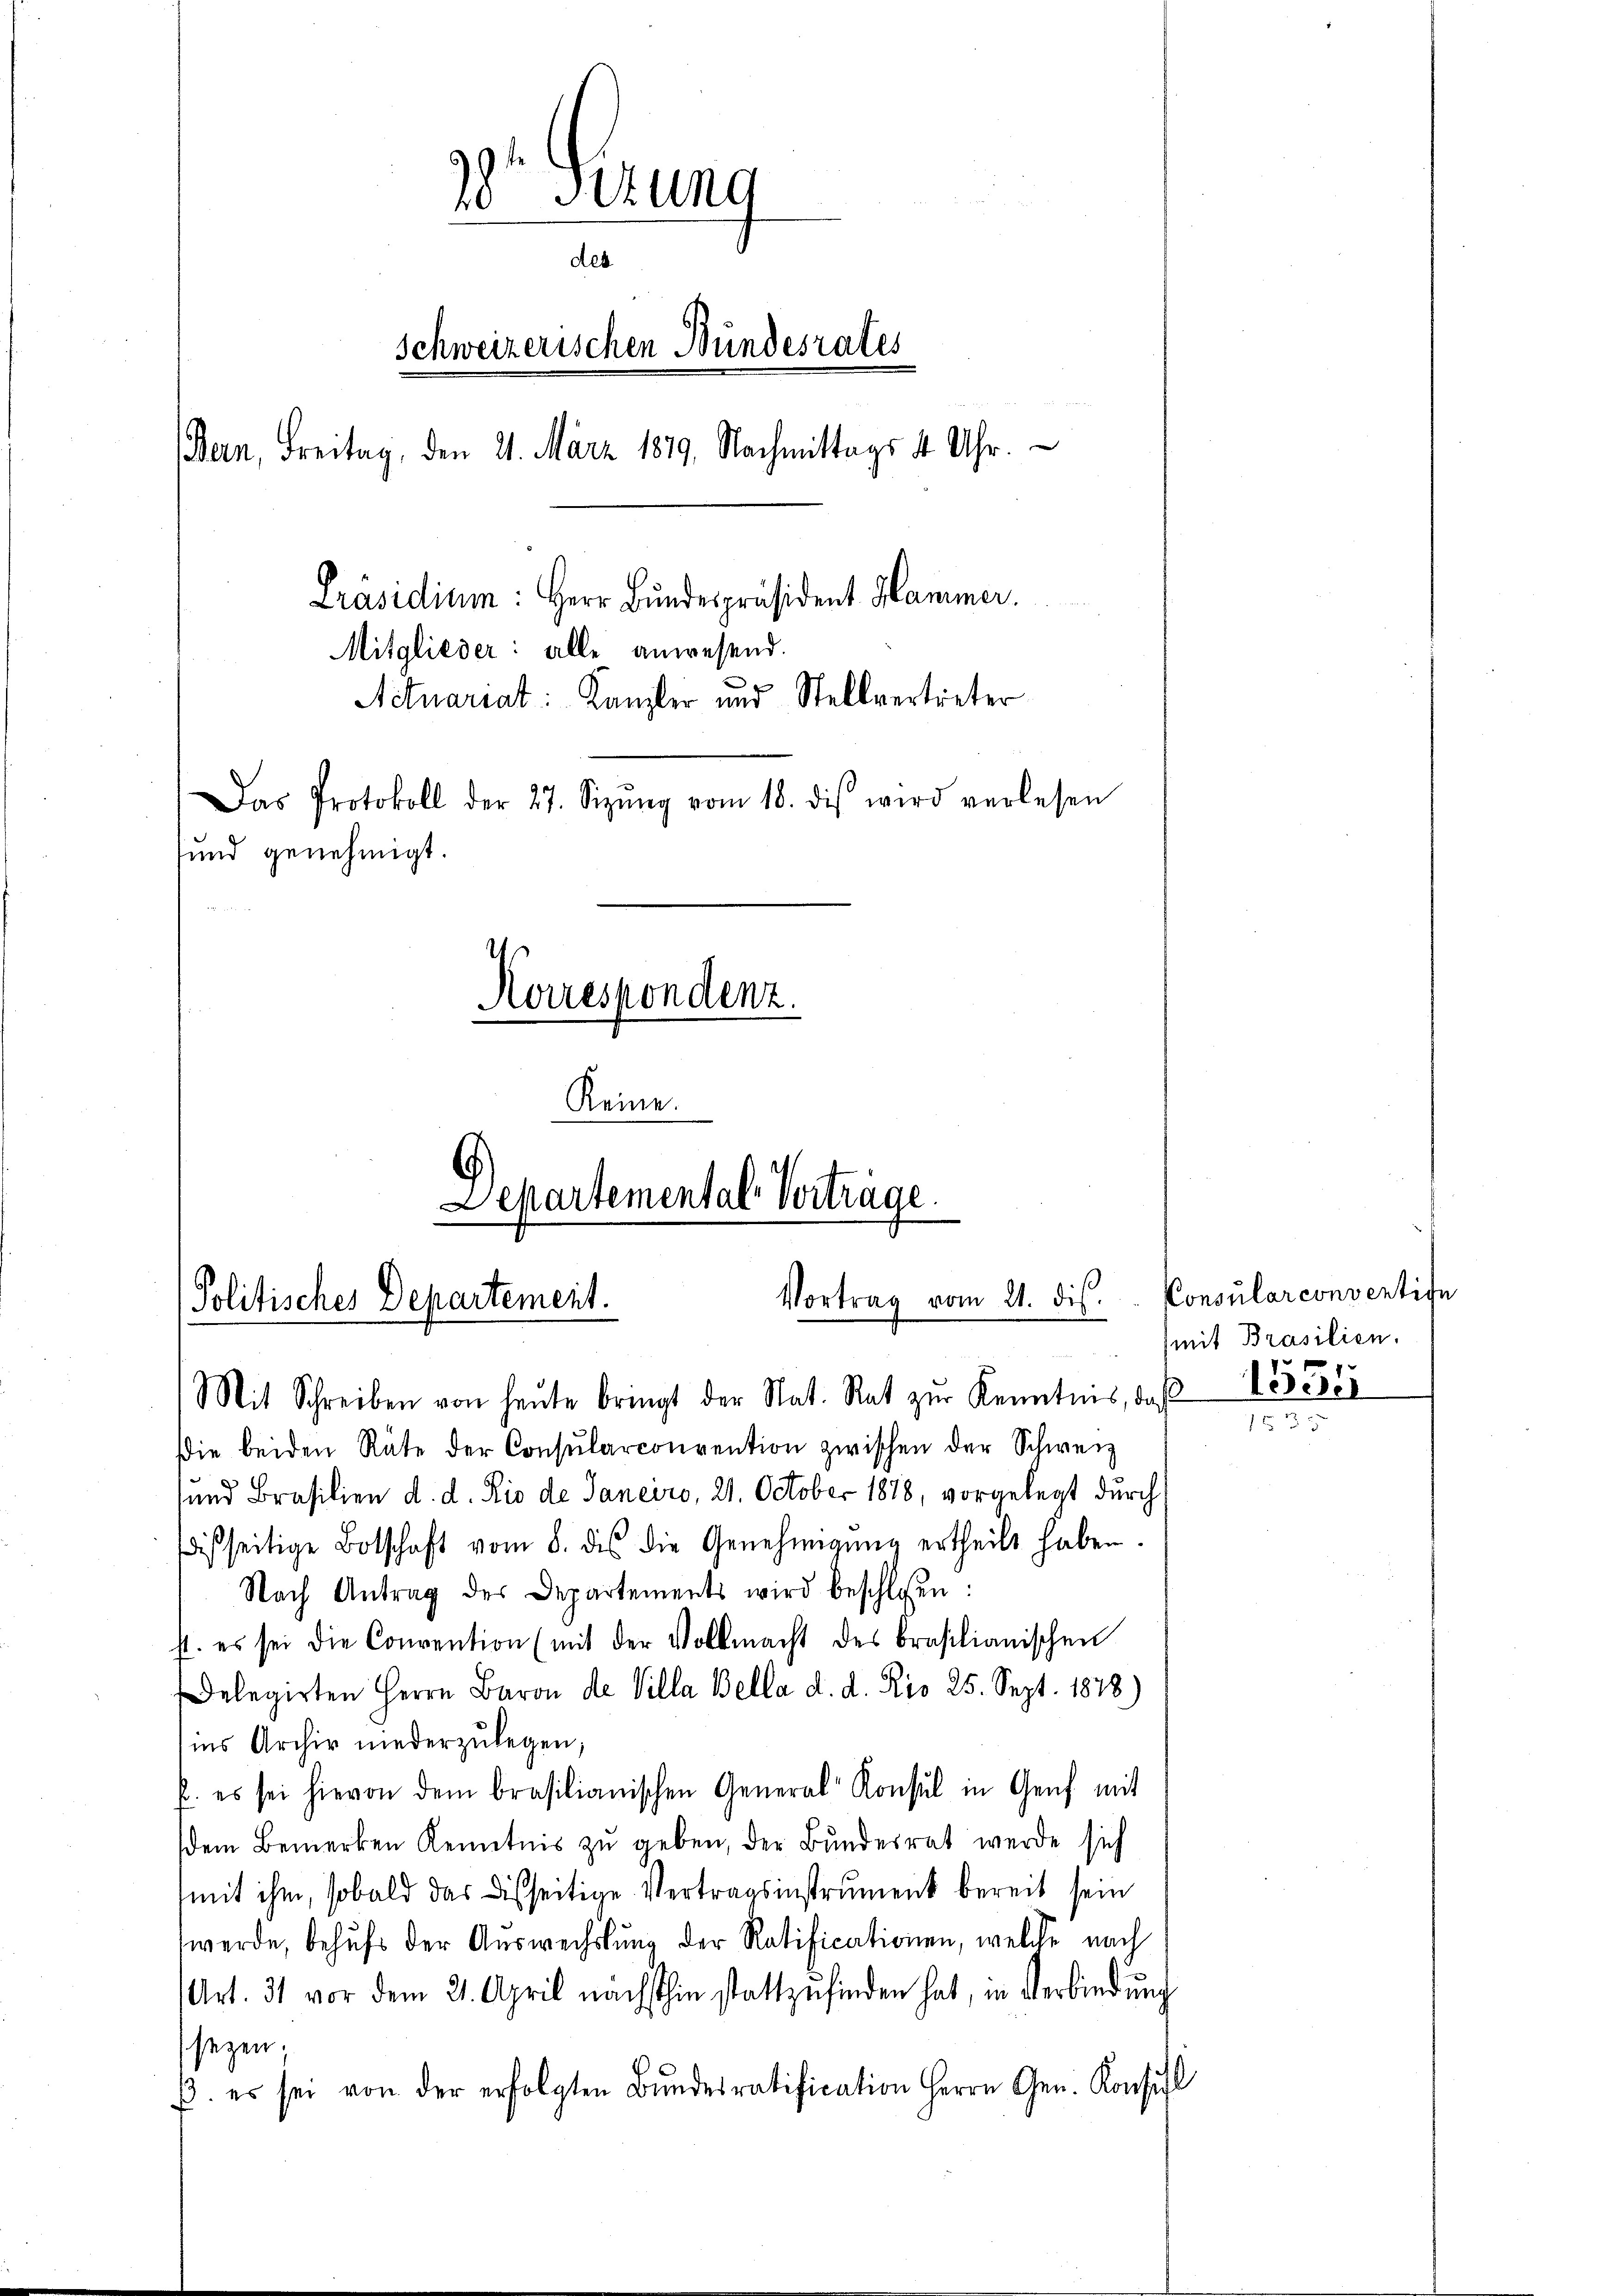
18' sizung
des
Schweizerischen Bundesrates
(Bern, Freitag, den 21. März 1879, Nachmittags 4 Uhr.
Präsidium: Herr Bundespräsident Hammer.
Mitglieder: alle anwesend.
Actuariat: Kanzler und Stellvertreter
Das Protokoll der 27. Sizŭng vom 18. diβ wird verlesen
sund genehmigt.
Korrespondenz.
Keine.

Departemental Vorträge.
Vortrag vom 21. dis.
Politisches Departement.
Mit Schreiben von heŭte bringt der Stat. Rat zŭr Kenntnis, da 13531

die beiden Räte der Consularconvention zwischen der Schweiz
und Brasilien d. d. Rio de Janeiro, 21. October 1878, vorgelegt durch
dißseitige Botschaft vom 8. des die Genehmigŭng ertheilt haben.
Nach Antrag des Departements wird beschlossen:
s. es sei die Convention (mit der Vollmacht des brasilianischen
Delegirten Herrn Baron de Villa Bella d. d. Kio 25. Sept. 1878)
ins Archiv niederzulegen;
. es sei hievon dem brasilianischen General Konsul in Genf mit
dem Bemerken Kenntnis zu geben, der Bundesrat werde sich
mit ihm, sobald das Disseitige Vertragsinstrument bereit sein
werde, behufs der Auswechslung der Ratificationen, welche nach
Art. 31 vor dem 21. April nächsthin stattzŭfinden hat, in Verbindŭng
seyen;
β. es sei von der erfolgten Bŭndesratification Herrn Gen. Konsul

Consularconventife
mit Brasilien.

153